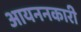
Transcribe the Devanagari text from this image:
आयननकारी